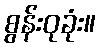
စွန်းဝုခုံး။